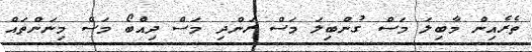
ތެރެއިން މާބިލަ މަސް ގުންބިލަ މަސް ރަންދި މަސް ދިއްބޯ މަސް މިނަންތައް